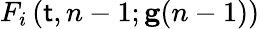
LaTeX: F_{i}\left(\mathsf{t},n-1;\mathbf{{g}}(n-1)\right)